Leprosy in India: report of the Leprosy Commission in India, 1890-91
Year: 1890
Disease focus: Leprosy
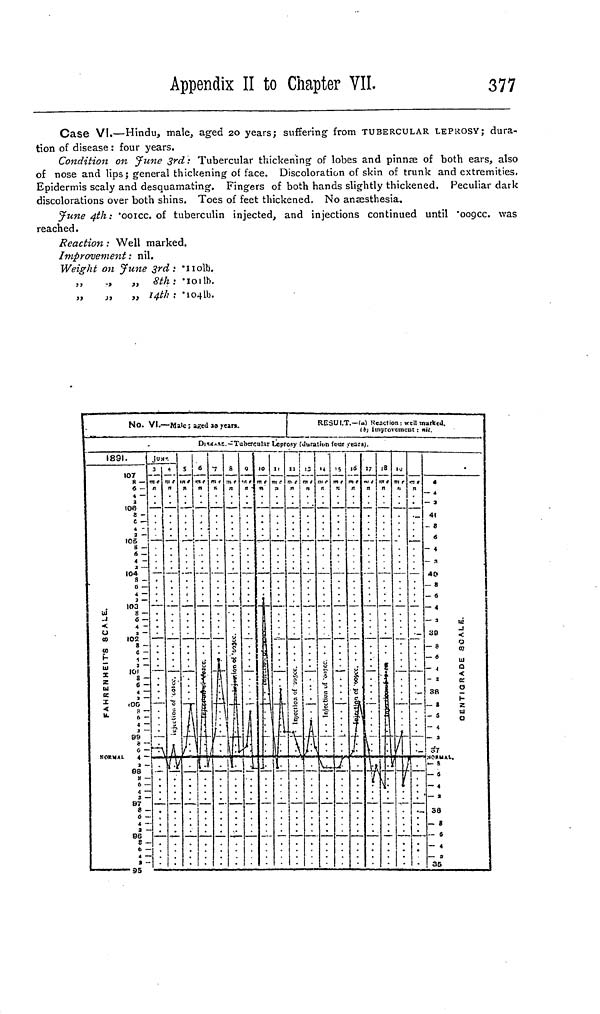
Appendix II to Chapter VII.
377
Case VI.—Hindu, male, aged 20 years; suffering from TUBERCULAR LEPROSY; dura-
tion of disease : four years.
Condition on June 3rd: Tubercular thickening of lobes and pinnæ of both ears, also
of nose and lips; general thickening of face. Discoloration of skin of trunk and extremities.
Epidermis scaly and desquamating. Fingers of both hands slightly thickened. Peculiar dark
discolorations over both shins. Toes of feet thickened. No anæsthesia.
June 4th: '001cc. of tuberculin injected, and injections continued until "009cc. was
reached.
Reaction : Well marked.
Improvement: nil.
Weight on June 3rd: '110lb.
,,
.,
„ 8th : '101lb.
„
,,
„ 14th ; 104lb.